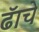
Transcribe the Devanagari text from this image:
ढॅाचे